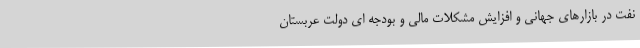
نفت در بازارهای جهانی و افزایش مشکلات مالی و بودجه ای دولت عربستان